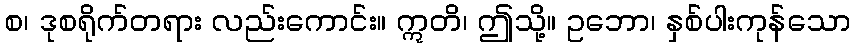
စ၊ ဒုစရိုက်တရား လည်းကောင်း။ ဣတိ၊ ဤသို့။ ဥဘော၊ နှစ်ပါးကုန်သော